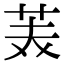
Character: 𮎪